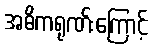
အဓိကရုဏ်းကြောင့်